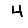
Digit: 4